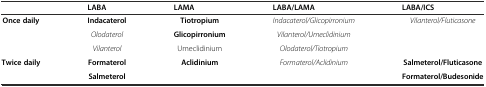
<table><thead><tr><td></td><td><b>LABA</b></td><td><b>LAMA</b></td><td><b>LABA/LAMA</b></td><td><b>LABA/ICS</b></td></tr></thead><tbody><tr><td rowspan="3"><b>Once daily</b></td><td><b>Indacaterol</b></td><td><b>Tiotropium</b></td><td><i>Indacaterol/Glicopirronium</i></td><td rowspan="3"><i>Vilanterol/Fluticasone</i></td></tr><tr><td><i>Olodaterol</i></td><td><b>Glicopirronium</b></td><td><i>Vilanterol/Umeclidinium</i></td></tr><tr><td><i>Vilanterol</i></td><td>Umeclidinium</td><td><i>Olodaterol/Tiotropium</i></td></tr><tr><td rowspan="2"><b>Twice daily</b></td><td><b>Formaterol</b></td><td rowspan="2"><b>Aclidinium</b></td><td rowspan="2"><i>Formaterol/Aclidinium</i></td><td><b>Salmeterol/Fluticasone</b></td></tr><tr><td><b>Salmeterol</b></td><td><b>Formaterol/Budesonide</b></td></tr></tbody></table>